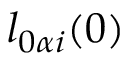
l _ { 0 \alpha i } ( 0 )